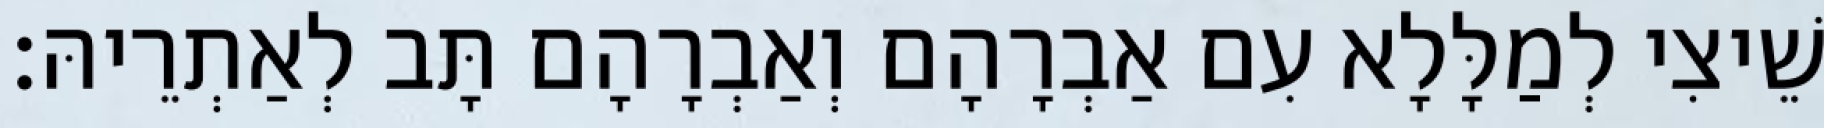
שֵׁיצִי לְמַלָּלָא עִם אַבְרָהָם וְאַבְרָהָם תָּב לְאַתְרֵיהּ׃